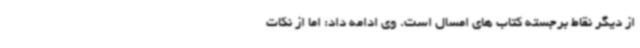
از دیگر نقاط برجسته کتاب های امسال است. وی ادامه داد: اما از نکات